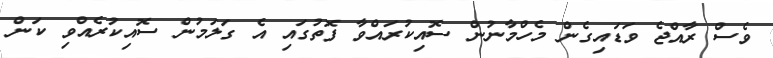
ވެސް ރާއްޖެ ވަޑައިގެން މެހްމާނުން ސޮއިކުރައްވާ ފޮތުގައި އެ ގަލަމުން ސޮއިކުރެއްވި ކަން